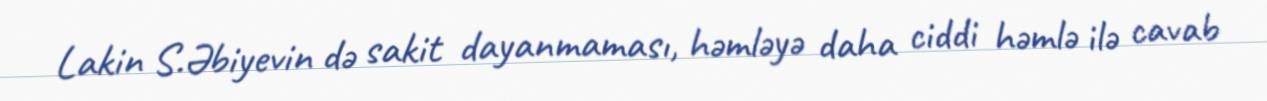
Lakin S.Əbiyevin də sakit dayanmaması, həmləyə daha ciddi həmlə ilə cavab